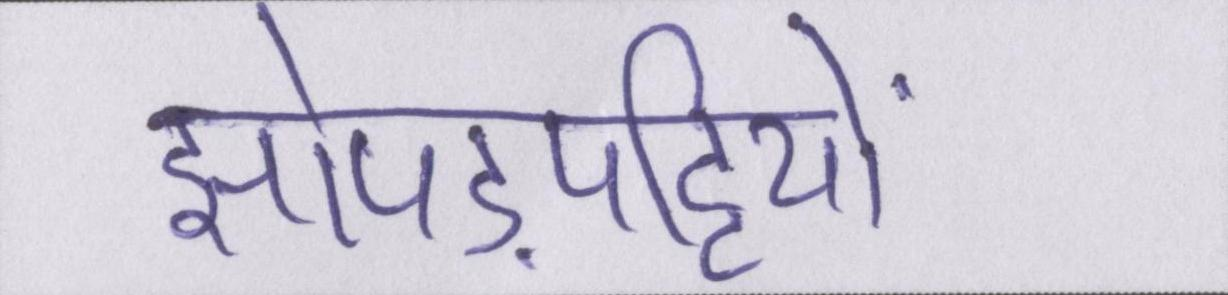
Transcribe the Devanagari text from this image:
झोपड़पट्टियों